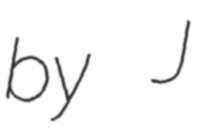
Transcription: by J